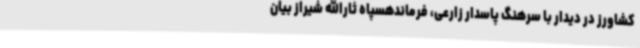
کشاورز در دیدار با سرهنگ پاسدار زارعی، فرماندهسپاه ثارالله شیراز بیان